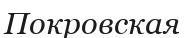
Покровская